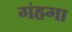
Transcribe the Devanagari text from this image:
गंहगा